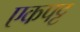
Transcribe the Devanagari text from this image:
एकपट्ट